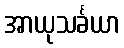
အာယုသင်္ခယာ